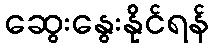
ဆွေးနွေးနိုင်ရန်